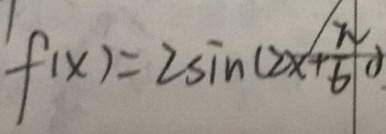
f ( x ) = 2 \sin ( 2 x + \frac { \pi } { 6 } )